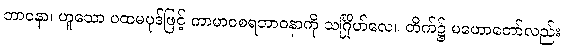
ဘာဝနာ၊ ဟူသော ပထမပုဒ်ဖြင့် ကာမာဝစရဘာဝနာကို သင်္ဂြိုဟ်လေ။ တိက်၌ မဟောတော်လည်း